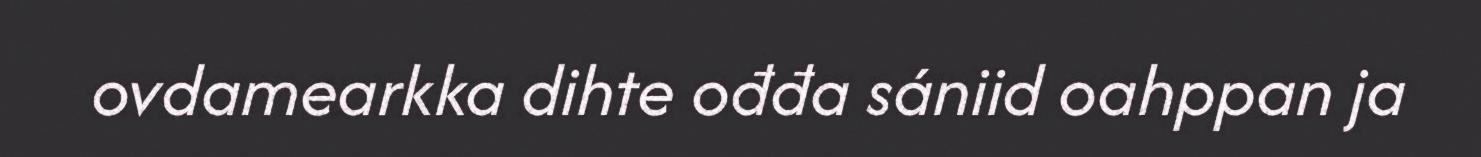
ovdamearkka dihte ođđa sániid oahppan ja